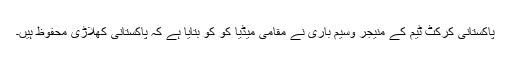
پاکستانی کرکٹ ٹیم کے منیجر وسیم باری نے مقامی میڈیا کو کو بتایا ہے کہ پاکستانی کھلاڑی محفوظ ہیں۔